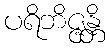
ပရိဘိဇ္ဇန္တိ